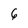
Character: 6